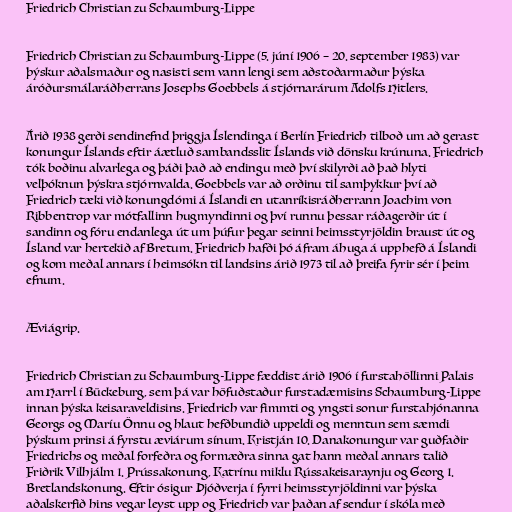
Friedrich Christian zu Schaumburg-Lippe

Friedrich Christian zu Schaumburg-Lippe (5. júní 1906 – 20. september 1983) var
þýskur aðalsmaður og nasisti sem vann lengi sem aðstoðarmaður þýska
áróðursmálaráðherrans Josephs Goebbels á stjórnarárum Adolfs Hitlers.

Árið 1938 gerði sendinefnd þriggja Íslendinga í Berlín Friedrich tilboð um að gerast
konungur Íslands eftir áætluð sambandsslit Íslands við dönsku krúnuna. Friedrich
tók boðinu alvarlega og þáði það að endingu með því skilyrði að það hlyti
velþóknun þýskra stjórnvalda. Goebbels var að orðinu til samþykkur því að
Friedrich tæki við konungdómi á Íslandi en utanríkisráðherrann Joachim von
Ribbentrop var mótfallinn hugmyndinni og því runnu þessar ráðagerðir út í
sandinn og fóru endanlega út um þúfur þegar seinni heimsstyrjöldin braust út og
Ísland var hertekið af Bretum. Friedrich hafði þó áfram áhuga á upphefð á Íslandi
og kom meðal annars í heimsókn til landsins árið 1973 til að þreifa fyrir sér í þeim
efnum.

Æviágrip.

Friedrich Christian zu Schaumburg-Lippe fæddist árið 1906 í furstahöllinni Palais
am Harrl í Bückeburg, sem þá var höfuðstaður furstadæmisins Schaumburg-Lippe
innan þýska keisaraveldisins. Friedrich var fimmti og yngsti sonur furstahjónanna
Georgs og Maríu Önnu og hlaut hefðbundið uppeldi og menntun sem sæmdi
þýskum prinsi á fyrstu æviárum sínum. Kristján 10. Danakonungur var guðfaðir
Friedrichs og meðal forfeðra og formæðra sinna gat hann meðal annars talið
Friðrik Vilhjálm 1. Prússakonung, Katrínu miklu Rússakeisaraynju og Georg 1.
Bretlandskonung. Eftir ósigur Þjóðverja í fyrri heimsstyrjöldinni var þýska
aðalskerfið hins vegar leyst upp og Friedrich var þaðan af sendur í skóla með